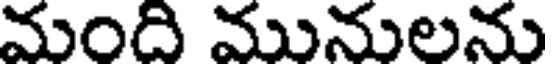
మంది మునులను